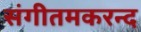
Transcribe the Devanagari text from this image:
संगीतमकरन्द